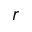
r